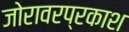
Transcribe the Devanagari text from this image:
जोरावरप्रकाश